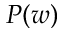
P ( w )